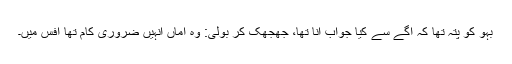
بہو کو پتہ تھا کہ آگے سے کیا جواب آنا تھا، جھجھک کر بولی: وہ اماں انہیں ضروری کام تھا آفس میں۔